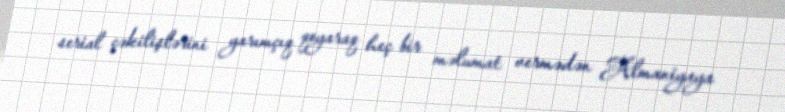
serial çəkilişlərini yarımçıq qoyaraq heç bir məlumat vermədən Almaniyaya